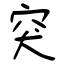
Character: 突